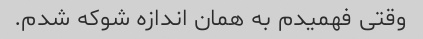
وقتی فهمیدم به همان اندازه شوکه شدم.